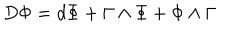
D \Phi = d \Phi + \Gamma \wedge \Phi + \Phi \wedge \Gamma \label q